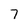
Character: 7